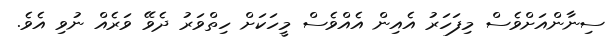
ސިނާންއަށްވެސް މިފަހަރު އެއިން އެއްވެސް މީހަކަށް ހިތްވަރު ދެވޭ ވަރެއް ނުވި އެވެ.